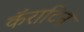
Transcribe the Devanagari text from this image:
कॅराटिन